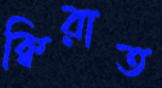
ক্বিরাত